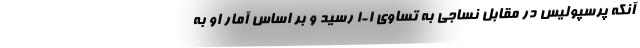
آنکه پرسپولیس در مقابل نساجی به تساوی 1-1 رسید و بر اساس آمار او به